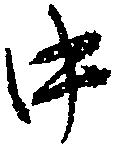
中